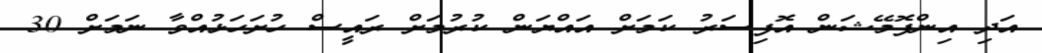
އަދި އިންފޮމޭޝަން އޮފިސަރު ކަމަށް އައްޔަން ކުރުމަށް ރައީސް ހުށަހަޅުއްވާ ނަމަށް 30